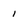
Character: 1